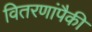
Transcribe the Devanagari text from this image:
वितरणांपैकी